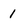
Character: i